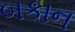
બકાન